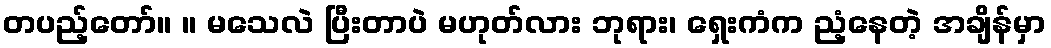
တပည့်တော်။ ။ မသေလဲ ပြီးတာပဲ မဟုတ်လား ဘုရား၊ ရှေးကံက ညံ့နေတဲ့ အချိန်မှာ